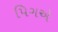
પિગએ